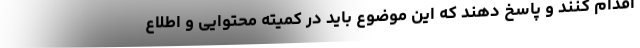
اقدام کنند و پاسخ دهند که این موضوع باید در کمیته محتوایی و اطلاع